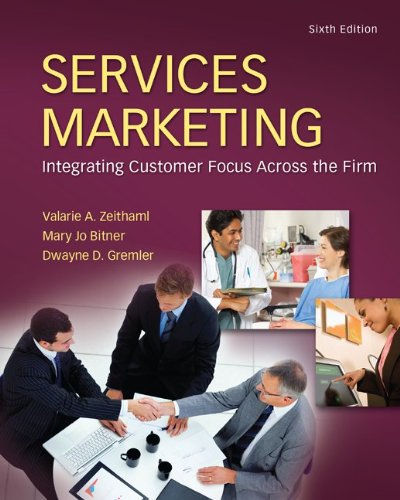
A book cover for Services Marketing (6th Edition); Valerie Zeithalm; Literature & Fiction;